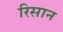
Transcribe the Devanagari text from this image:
रिसान